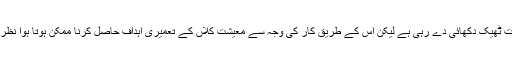
پالیسی کی سمت ٹھیک دکھائی دے رہی ہے لیکن اس کے طریق کار کی وجہ سے معیشت کلاں کے تعمیری اہداف حاصل کرنا ممکن ہوتا ہوا نظر نہیں آرہا ہے۔